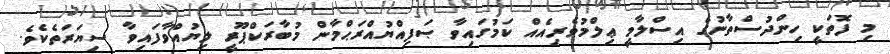
މި ފޮތަކީ ހިންދުސްތާނުގެ އިސްލާމީ ޢިލްމުވެރިއެއް ކަމުގައިވާ ޞަފިއްޔުއްރަޙްމާން މުބާރަކްޕޫރީ ލިޔުއްވާފައިވާ ސިޔަރަތެކެވެ.